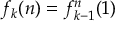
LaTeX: f _ { k } ( n ) = f _ { k - 1 } ^ { n } ( 1 )